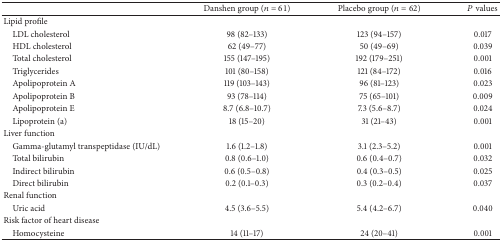
<table><thead><tr><td><b> </b></td><td><b>Danshen group (<i>n</i> = 61)</b></td><td><b>Placebo group (<i>n</i> = 62)</b></td><td><b><i>P</i> values</b></td></tr></thead><tbody><tr><td>Lipid profile</td><td> </td><td> </td><td> </td></tr><tr><td> LDL cholesterol</td><td>98 (82–133)</td><td>123 (94–157)</td><td>0.017</td></tr><tr><td> HDL cholesterol</td><td>62 (49–77)</td><td>50 (49–69)</td><td>0.039</td></tr><tr><td> Total cholesterol</td><td>155 (147–195)</td><td>192 (179–251)</td><td>0.001</td></tr><tr><td> Triglycerides</td><td>101 (80–158)</td><td>121 (84–172)</td><td>0.016</td></tr><tr><td> Apolipoprotein A</td><td>119 (103–143)</td><td>96 (81–123)</td><td>0.023</td></tr><tr><td> Apolipoprotein B</td><td>93 (78–114)</td><td>75 (65–101)</td><td>0.009</td></tr><tr><td> Apolipoprotein E</td><td>8.7 (6.8–10.7)</td><td>7.3 (5.6–8.7)</td><td>0.024</td></tr><tr><td> Lipoprotein (a) </td><td>18 (15–20)</td><td>31 (21–43)</td><td>0.001</td></tr><tr><td>Liver function</td><td> </td><td> </td><td> </td></tr><tr><td> Gamma-glutamyl transpeptidase (IU/dL)</td><td>1.6 (1.2–1.8)</td><td>3.1 (2.3–5.2)</td><td>0.001</td></tr><tr><td> Total bilirubin</td><td>0.8 (0.6–1.0)</td><td>0.6 (0.4–0.7)</td><td>0.032</td></tr><tr><td> Indirect bilirubin</td><td>0.6 (0.5–0.8)</td><td>0.4 (0.3–0.5)</td><td>0.025</td></tr><tr><td> Direct bilirubin</td><td>0.2 (0.1–0.3)</td><td>0.3 (0.2–0.4)</td><td>0.037</td></tr><tr><td>Renal function</td><td> </td><td> </td><td> </td></tr><tr><td> Uric acid</td><td>4.5 (3.6–5.5)</td><td>5.4 (4.2–6.7)</td><td>0.040</td></tr><tr><td>Risk factor of heart disease</td><td> </td><td> </td><td> </td></tr><tr><td> Homocysteine</td><td>14 (11–17)</td><td>24 (20–41)</td><td>0.001</td></tr></tbody></table>